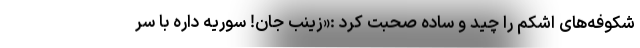
شکوفه‌های اشکم را چید و ساده صحبت کرد :«زینب جان! سوریه داره با سر